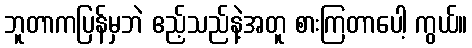
ဘူတာကပြန်မှဘဲ ဧည့်သည်နဲ့အတူ စားကြတာပေါ့ ကွယ်။